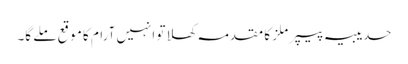
حدیبیہ پیپر ملز کا مقدمہ کھلا تو انہیں آرام کا موقع ملے گا۔